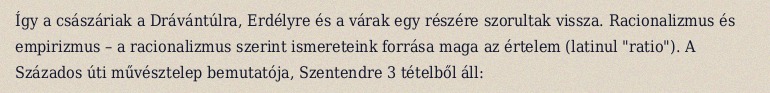
Így a császáriak a Drávántúlra, Erdélyre és a várak egy részére szorultak vissza. Racionalizmus és empirizmus – a racionalizmus szerint ismereteink forrása maga az értelem (latinul "ratio"). A Százados úti művésztelep bemutatója, Szentendre 3 tételből áll: